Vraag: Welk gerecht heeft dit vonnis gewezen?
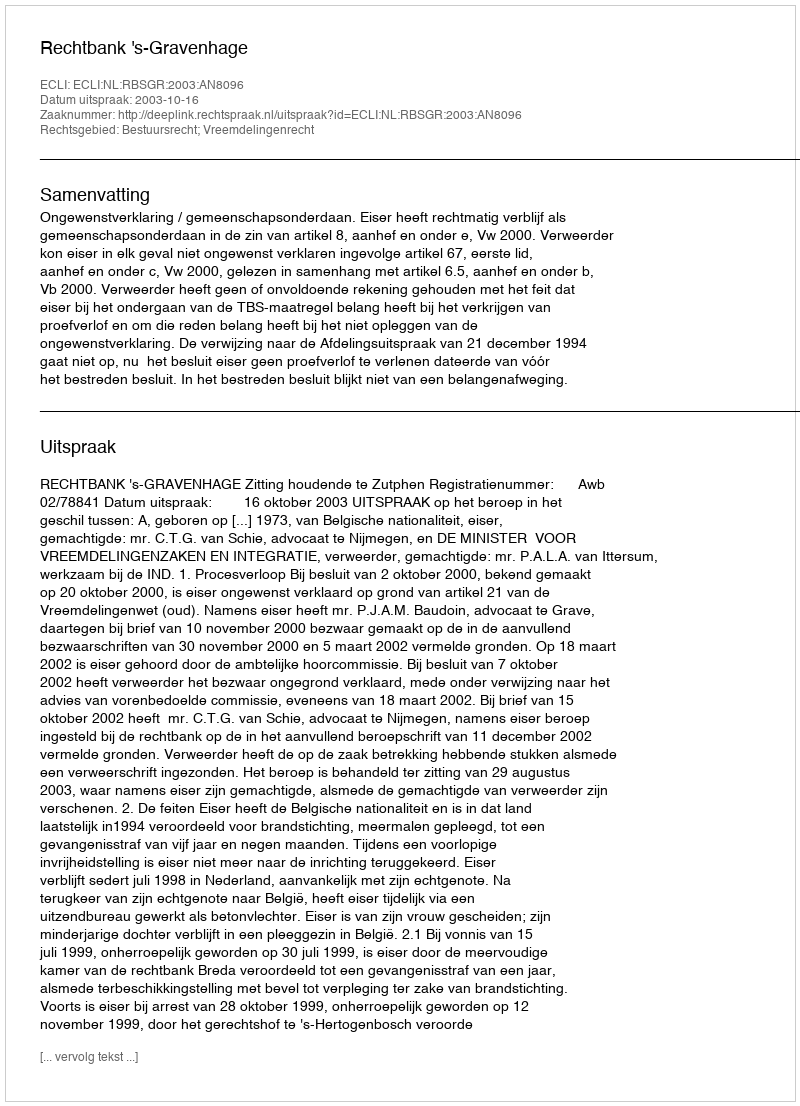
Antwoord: Rechtbank 's-Gravenhage